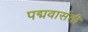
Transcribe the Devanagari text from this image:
पद्मवासंती